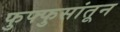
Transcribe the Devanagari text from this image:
फुफ्फुसांतून